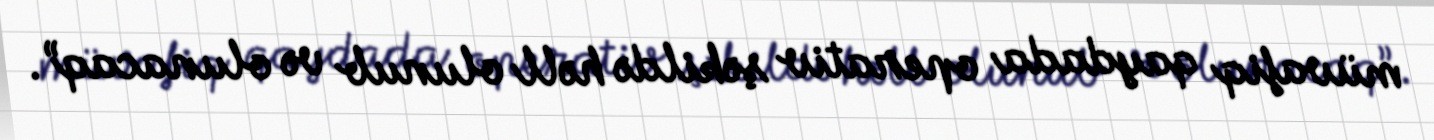
müvafiq qaydada operativ şəkildə həll olunub və olunacaq”.